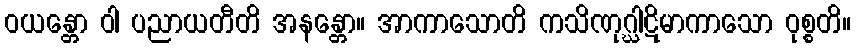
ဝယန္တော ဝါ ပညာယတီတိ အနန္တော။ အာကာသောတိ ကသိဏုဂ္ဃါဋိမာကာသော ဝုစ္စတိ။